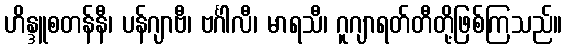
ဟိန္ဒူစတန်နီ၊ ပန်ဂျာဗီ၊ ဗင်္ဂါလီ၊ မာရသီ၊ ဂူဂျာရတ်တီတို့ဖြစ်ကြသည်။